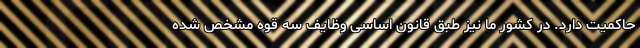
حاکمیت دارد. در کشور ما نیز طبق قانون اساسی وظایف سه قوه مشخص شده